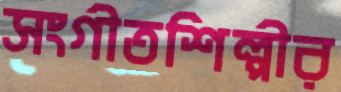
সংগীতশিল্পীর